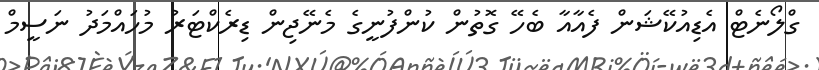
ގްލޯނެޓް އެޑިއުކޭޝަން ފެއާއާ ބެހޭ ގޮތުން ކުންފުނީގެ މެނޭޖިން ޑިރެކްޓަރު މުހައްމަދު ނަސީމް